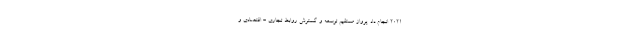
۲۰۲۱ انجام داد. پرواز مستقیم توسعه و گسترش روابط تجاری - اقتصادی و